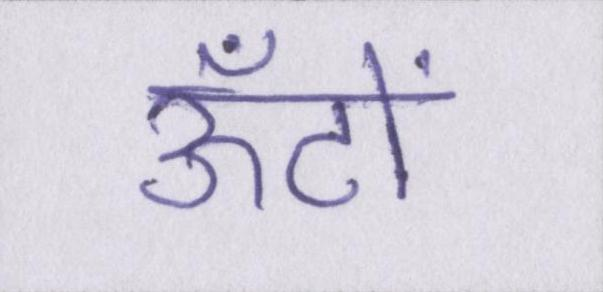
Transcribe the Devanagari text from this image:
ऊँटों